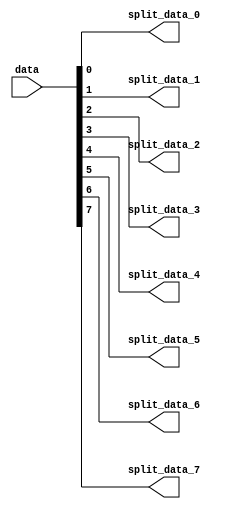
module util_bsplit (
  data,
  split_data_0,
  split_data_1,
  split_data_2,
  split_data_3,
  split_data_4,
  split_data_5,
  split_data_6,
  split_data_7);
  parameter   CH_DW     = 1;
  parameter   CH_CNT    = 8;
  localparam  CH_MCNT   = 9;
  input   [((CH_CNT*CH_DW)-1):0]    data;
  output  [(CH_DW-1):0]             split_data_0;
  output  [(CH_DW-1):0]             split_data_1;
  output  [(CH_DW-1):0]             split_data_2;
  output  [(CH_DW-1):0]             split_data_3;
  output  [(CH_DW-1):0]             split_data_4;
  output  [(CH_DW-1):0]             split_data_5;
  output  [(CH_DW-1):0]             split_data_6;
  output  [(CH_DW-1):0]             split_data_7;
  wire    [((CH_MCNT*CH_DW)-1):0]   data_s;
  assign data_s[((CH_MCNT*CH_DW)-1):(CH_CNT*CH_DW)] = 'd0;
  assign data_s[((CH_CNT*CH_DW)-1):0] = data;
  assign split_data_0 = data_s[((CH_DW*1)-1):(CH_DW*0)];
  assign split_data_1 = data_s[((CH_DW*2)-1):(CH_DW*1)];
  assign split_data_2 = data_s[((CH_DW*3)-1):(CH_DW*2)];
  assign split_data_3 = data_s[((CH_DW*4)-1):(CH_DW*3)];
  assign split_data_4 = data_s[((CH_DW*5)-1):(CH_DW*4)];
  assign split_data_5 = data_s[((CH_DW*6)-1):(CH_DW*5)];
  assign split_data_6 = data_s[((CH_DW*7)-1):(CH_DW*6)];
  assign split_data_7 = data_s[((CH_DW*8)-1):(CH_DW*7)];
endmodule